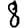
Digit: 8